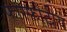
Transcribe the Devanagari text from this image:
फास्फोटीय